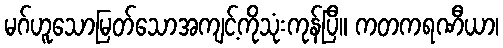
မဂ်ဟူသောမြတ်သောအကျင့်ကိုသုံးကုန်ပြီ။ ကတကရဏီယာ၊